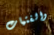
والفتيات